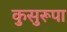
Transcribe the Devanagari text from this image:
कुसुरूपा